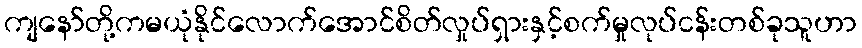
ကျနော်တို့ကမယုံနိုင်လောက်အောင်စိတ်လှုပ်ရှားနှင့်စက်မှုလုပ်ငန်းတစ်ခုသူဟာ